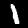
Digit: 1